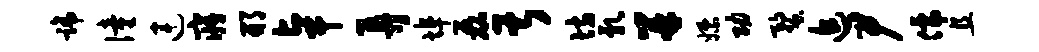
蹄僮连寤邢卓弄埠磊甚坊乳并嫖功蝥追尹儒且